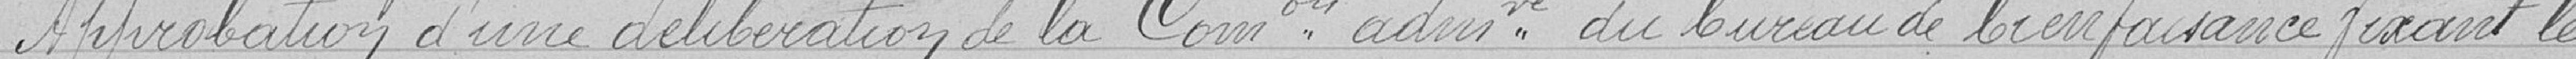
Approbation d'une délibération de la Commission administrative du bureau de bienfaisance fixant les